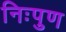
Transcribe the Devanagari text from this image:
निःपुण